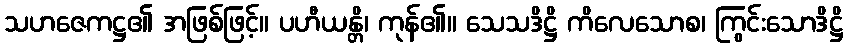
သဟဇေကဋ္ဌ၏ အဖြစ်ဖြင့်။ ပဟီယန္တိ၊ ကုန်၏။ သေသဒိဋ္ဌိ ကိလေသောစ၊ ကြွင်းသောဒိဋ္ဌိ